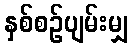
နှစ်စဉ်ပျမ်းမျှ